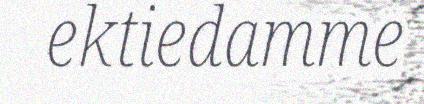
ektiedamme